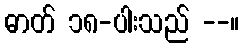
ဓာတ် ၁၈-ပါးသည် --။